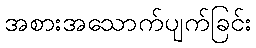
အစားအသောက်ပျက်ခြင်း